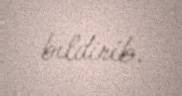
bildirib.